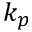
k _ { p }